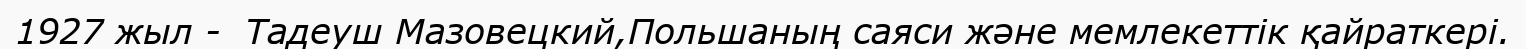
1927 жыл -  Тадеуш Мазовецкий,Польшаның саяси және мемлекеттік қайраткері.